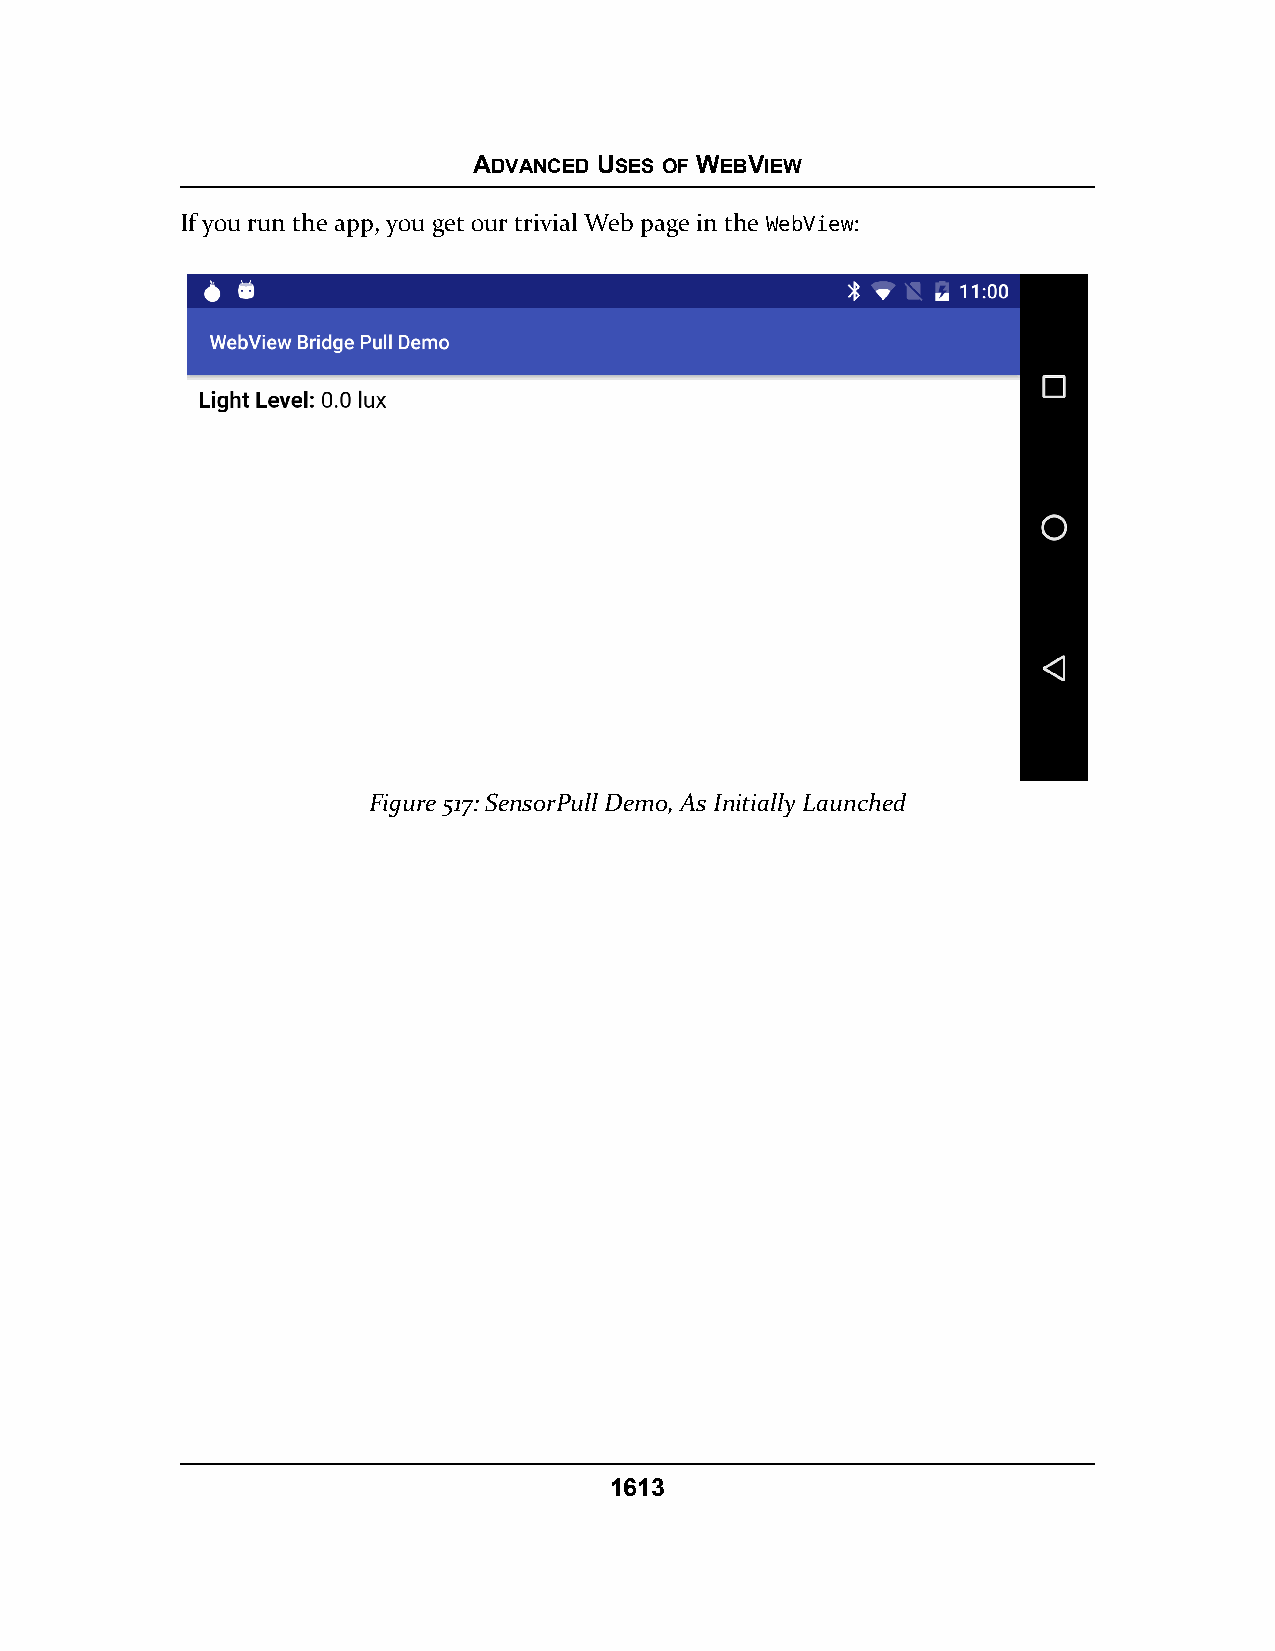
ADVANCED USES OF WEBVIEW
 If you run the app, you get our trivial Web page in the WebView:
 Figure 517: SensorPull Demo, As Initially Launched
 1613